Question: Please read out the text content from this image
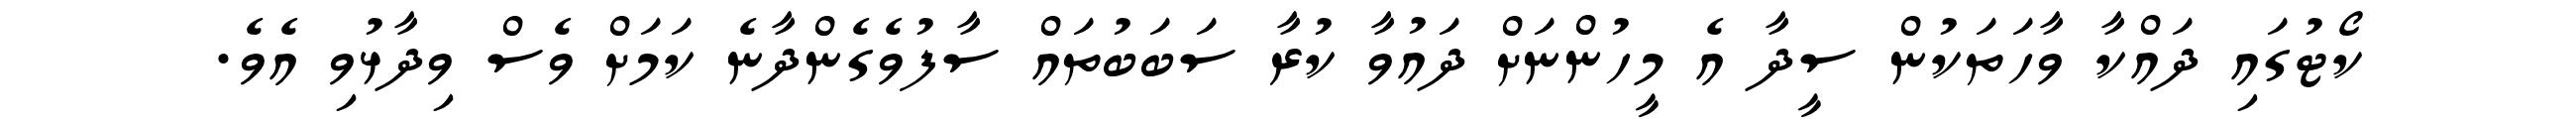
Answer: ކޯޓުގައި ދައްކާ ވާހަތަކުން ސީދާ އެ މީހުންނަށް ދައުވާ ކުރާ ސަބަބުތައް ސާފުވެގެންދާނެ ކަމަށް ވެސް ވިދާޅުވި އެވެ.